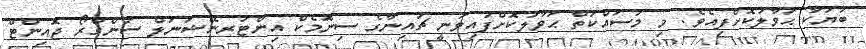
ބަޔަކާ ޙަވާލުކޮށްފިއެވެ. މި މަސައްކަތް ޙަވާލުކޮށްފައިވަނީ ޗައިނާގެ ސިނޮމެކް އިންޓަރނޭޝަނަލް ސަންގްރޯ ޖޮއިންޓް